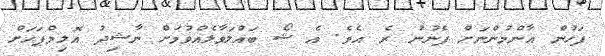
ފަހުން އާންމުންނަށް ފެނުނު ރެ އެވެ. އެ ޝޯ ބައްލަވާލެއްވުމަށް ނާޝިދު އޮލިމްޕަހަށް